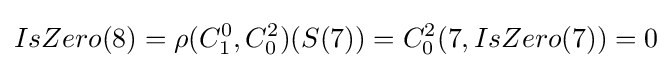
IsZero(8)=\rho (C_{1}^{0},C_{0}^{2})(S(7))=C_{0}^{2}(7,IsZero(7))=0